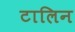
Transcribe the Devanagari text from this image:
टालिन